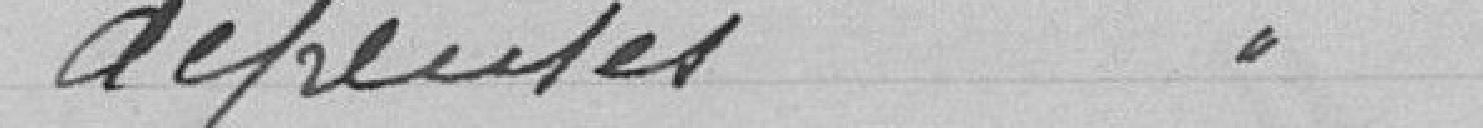
dépenses